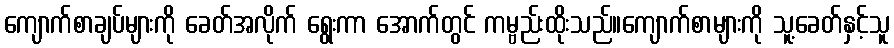
ကျောက်စာချပ်များကို ခေတ်အလိုက် ရွေးကာ အောက်တွင် ကမ္ဗည်းထိုးသည်။ကျောက်စာများကို သူ့ခေတ်နှင့်သူ